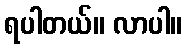
ရပါတယ်။ လာပါ။